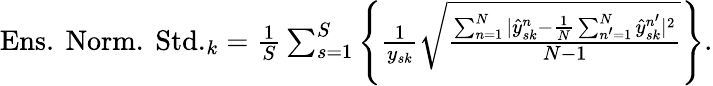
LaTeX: \begin{array}{r}{\mathrm{Ens.~Norm.~Std.}_{k}=\frac{1}{S}\sum_{s=1}^{S}\left\{ \frac{1}{y_{sk}}\sqrt{\frac{\sum_{n=1}^{N}|\hat{y}_{sk}^{n}-\frac{1}{N}\sum_{n^{\prime}=1}^{N}\hat{y}_{sk}^{n^{\prime}}|^{2}}{N-1}}\right\} .}\end{array}